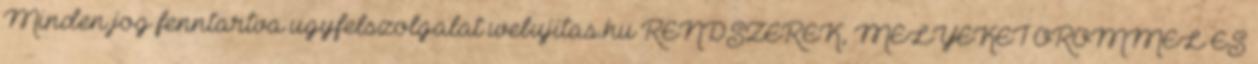
Minden jog fenntartva ugyfelszolgalat webujitas.hu RENDSZEREK, MELYEKET ÖRÖMMEL ÉS